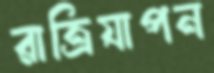
রাত্রিযাপন